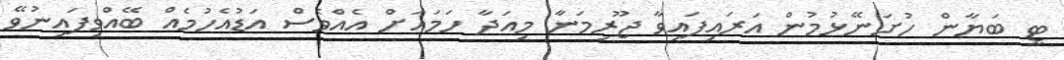
ޓީ ބަޔާން ހުށަނޭޅުމުން އަރައިފައިވާ ޖޫރިމަނާ މިއަދާ ހަމައަށް އެއްވެސް އަޑުއެހުމެއް ބޭއްވިފައިނުވޭ